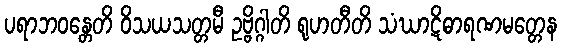
ပရာဘဝန္တေတိ ဝိသယသတ္တမီ ဥဗ္ဗိဂ္ဂါတိ ရုဟတီတိ သံဃာဋိဓာရဏမတ္တေန